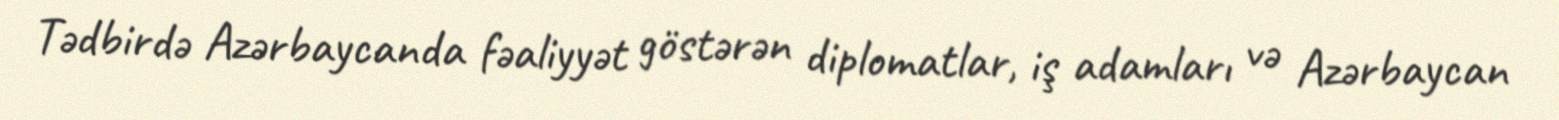
Tədbirdə Azərbaycanda fəaliyyət göstərən diplomatlar, iş adamları və Azərbaycan